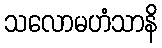
သလောမဟံသာနိ